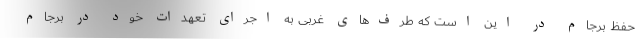
حفظ برجام در این است که طرف‌های غربی به اجرای تعهدات خود در برجام